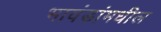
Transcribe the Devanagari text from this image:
भावंडांमधील